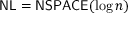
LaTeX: { \mathsf { N L } } = { \mathsf { N S P A C E } } ( \log n )